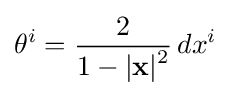
\theta ^{i}={\frac {2}{1-|\mathbf {x} |{\vphantom {l}}^{2}}}\,dx^{i}